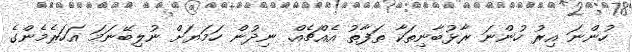
ހުންނަ އިރު ހުންނަ ރާޅުބާނިތަކާ ތަފާތު އެއްޗެއް. ނިދުން ހަމަޔަށް ނުލިބޭނަމަ އަހަރެމެންގެ